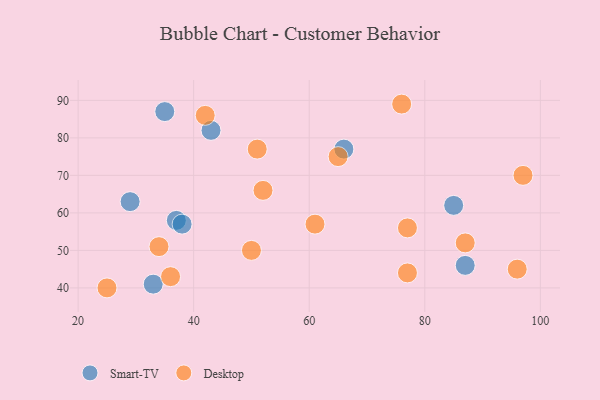
{"axis": {"x": "GDP", "y": "Life Expectancy"}, "legend": ["Desktop", "Smart-TV"], "data": [{"x": "37", "y": 58, "type": "Smart-TV"}, {"x": "43", "y": 82, "type": "Smart-TV"}, {"x": "29", "y": 63, "type": "Smart-TV"}, {"x": "33", "y": 41, "type": "Smart-TV"}, {"x": "38", "y": 57, "type": "Smart-TV"}, {"x": "87", "y": 46, "type": "Smart-TV"}, {"x": "35", "y": 87, "type": "Smart-TV"}, {"x": "85", "y": 62, "type": "Smart-TV"}, {"x": "66", "y": 77, "type": "Smart-TV"}, {"x": "51", "y": 77, "type": "Desktop"}, {"x": "42", "y": 86, "type": "Desktop"}, {"x": "25", "y": 40, "type": "Desktop"}, {"x": "52", "y": 66, "type": "Desktop"}, {"x": "87", "y": 52, "type": "Desktop"}, {"x": "97", "y": 70, "type": "Desktop"}, {"x": "34", "y": 51, "type": "Desktop"}, {"x": "36", "y": 43, "type": "Desktop"}, {"x": "77", "y": 44, "type": "Desktop"}, {"x": "77", "y": 56, "type": "Desktop"}, {"x": "96", "y": 45, "type": "Desktop"}, {"x": "65", "y": 75, "type": "Desktop"}, {"x": "50", "y": 50, "type": "Desktop"}, {"x": "61", "y": 57, "type": "Desktop"}, {"x": "76", "y": 89, "type": "Desktop"}]}